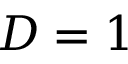
D = 1